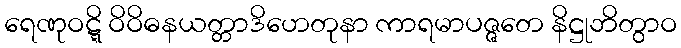
ရေဏုဝဋ္ဋိ ဝိဝိဓနယတ္တာဒိဟေတုနာ ကာရမာပဇ္ဇတေ နိဋ္ဌုဘိတွာဝ